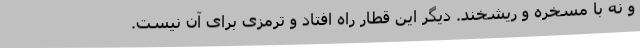
و نه با مسخره و ریشخند. دیگر این قطار راه افتاد و ترمزی برای آن نیست.